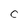
Character: C